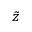
\tilde { z }